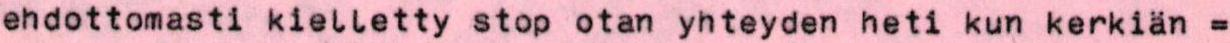
ehdottomasti kielletty stop otan yhteyden heti kun kerkiän =